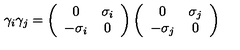
\gamma _ { i } \gamma _ { j } = \left( \begin{array} { c c } { 0 } & { \sigma _ { i } } \\ { - \sigma _ { i } } & { 0 } \\ \end{array} \right) \left( \begin{array} { c c } { 0 } & { \sigma _ { j } } \\ { - \sigma _ { j } } & { 0 } \\ \end{array} \right)